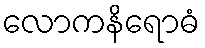
လောကနိရောဓံ